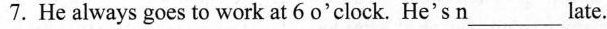
7. He always goes to workat 6 o'clock. He's n___late.